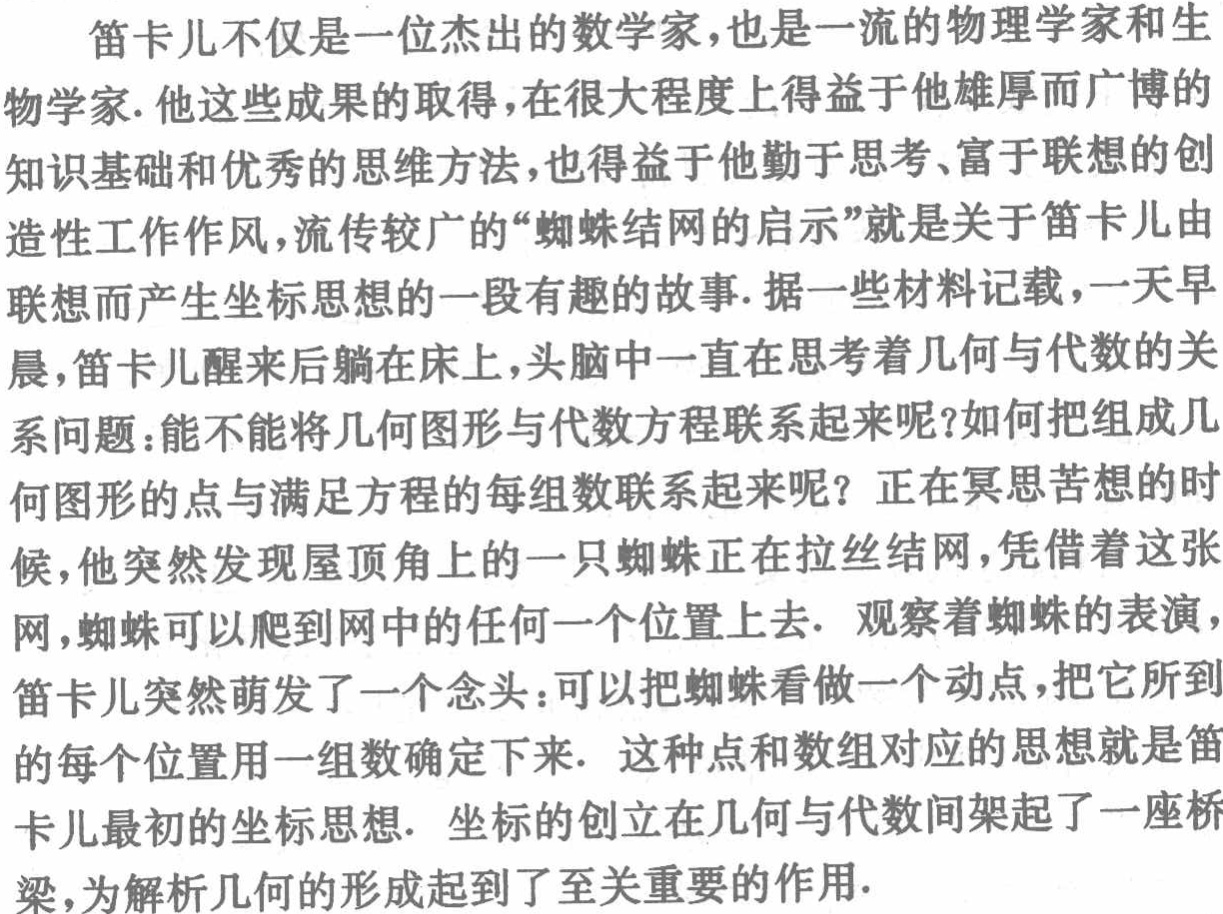
笛卡尔不仅是一位杰出的数学家,也是一流的物理学家和生

物学家.他这些成果的取得,在很大程度上得益于他雄厚而广博的

知识基础和优秀的思维方法,也得益于他勤于思考、富于联想的创

造性工作作风,流传较广的“蜘蛛结网的启示”就是关于笛卡儿由

联想而产生坐标思想的一段有趣的故事.据一些材料记载,一天早

晨,笛卡儿醒来后躺在床上,头脑中一直在思考着几何与代数的关

系问题：能不能将几何图形与代数方程联系起来呢?如何把组成几

何图形的点与满足方程的每组数联系起来呢？正在冥思苦想的时

候,他突然发现屋顶角上的一只蜘蛛正在拉丝结网,凭借着这张

网,蜘蛛可以爬到网中的任何一个位置上去. 观察着蜘蛛的表演，

笛卡儿突然萌发了一个念头：可以把蜘蛛看做一个动点,把它所到

的每个位置用一组数确定下来. 这种点和数组对应的思想就是笛

卡儿最初的坐标思想. 坐标的创立在几何与代数间架起了一座桥

梁,为解析几何的形成起到了至关重要的作用.